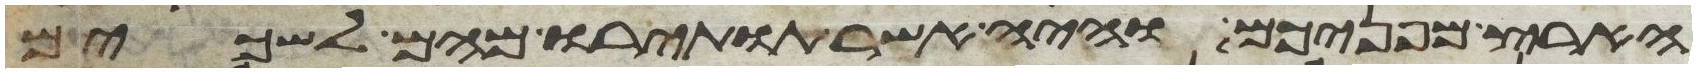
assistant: הארץ מפניכם והיה אשר תותירו מהם לשכים